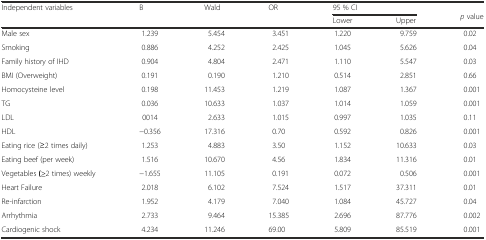
| <ROWSPAN=2> Independent variables | <ROWSPAN=2> B | <ROWSPAN=2> Wald | <ROWSPAN=2> OR | <COLSPAN=2> 95 % CI | <ROWSPAN=2> p value |
 | Lower | Upper |
 | --- | --- | --- | --- | --- | --- | --- |
 | Male sex | 1.239 | 5.454 | 3.451 | 1.220 | 9.759 | 0.02 |
 | Smoking | 0.886 | 4.252 | 2.425 | 1.045 | 5.626 | 0.04 |
 | Family history of IHD | 0.904 | 4.804 | 2.471 | 1.110 | 5.547 | 0.03 |
 | BMI (Overweight) | 0.191 | 0.190 | 1.210 | 0.514 | 2.851 | 0.66 |
 | Homocysteine level | 0.198 | 11.453 | 1.219 | 1.087 | 1.367 | 0.001 |
 | TG | 0.036 | 10.633 | 1.037 | 1.014 | 1.059 | 0.001 |
 | LDL | 0014 | 2.633 | 1.015 | 0.997 | 1.035 | 0.11 |
 | HDL | −0.356 | 17.316 | 0.70 | 0.592 | 0.826 | 0.001 |
 | Eating rice (≥2 times daily) | 1.253 | 4.883 | 3.50 | 1.152 | 10.633 | 0.03 |
 | Eating beef (per week) | 1.516 | 10.670 | 4.56 | 1.834 | 11.316 | 0.01 |
 | Vegetables (≥2 times) weekly | −1.655 | 11.105 | 0.191 | 0.072 | 0.506 | 0.001 |
 | Heart Failure | 2.018 | 6.102 | 7.524 | 1.517 | 37.311 | 0.01 |
 | Re-infarction | 1.952 | 4.179 | 7.040 | 1.084 | 45.727 | 0.04 |
 | Arrhythmia | 2.733 | 9.464 | 15.385 | 2.696 | 87.776 | 0.002 |
 | Cardiogenic shock | 4.234 | 11.246 | 69.00 | 5.809 | 85.519 | 0.001 |